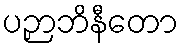
ပဉှာဘိနီတော